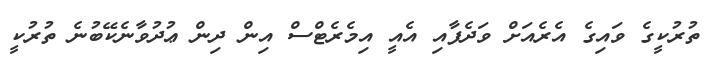
ތުރުކީގެ ވައިގެ އެރެއަށް ވަދެފާއި އެއީ އިމެރެޓްސް އިން ދިން ޢުދުވާނެކޭބުނެ ތުރުކީ